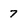
Character: 7